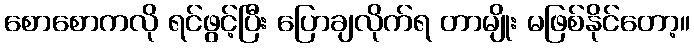
စောစောကလို ရင်ဖွင့်ပြီး ပြောချလိုက်ရ တာမျိုး မဖြစ်နိုင်တော့။